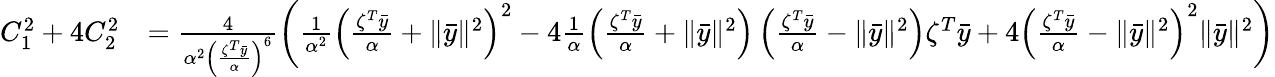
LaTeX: \begin{array}{rl}{C_{1}^{2}+4C_{2}^{2}}&{=\frac{4}{\alpha^{2}\left(\frac{\zeta^{T}\bar{y}}{\alpha}\right)^{6}}\left(\frac{1}{\alpha^{2}}\left(\frac{\zeta^{T}\bar{y}}{\alpha}+\| \bar{y}\| ^{2}\right)^{2}-4\frac{1}{\alpha}\left(\frac{\zeta^{T}\bar{y}}{\alpha}+\| \bar{y}\| ^{2}\right)\left(\frac{\zeta^{T}\bar{y}}{\alpha}-\| \bar{y}\| ^{2}\right)\zeta^{T}\bar{y}+4\left(\frac{\zeta^{T}\bar{y}}{\alpha}-\| \bar{y}\| ^{2}\right)^{2}\| \bar{y}\| ^{2}\right)}\end{array}